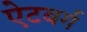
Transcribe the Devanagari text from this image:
ऐटबर्ग